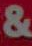
&